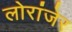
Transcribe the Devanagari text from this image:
लोरांंजेर